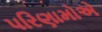
પરિણામોએ